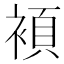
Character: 𮖗